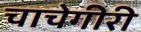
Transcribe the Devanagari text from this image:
चाचेगीरी